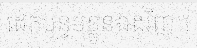
ដេកបន្ទប់ខ្លួនឯងវិញ។